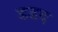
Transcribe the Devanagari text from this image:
डडद